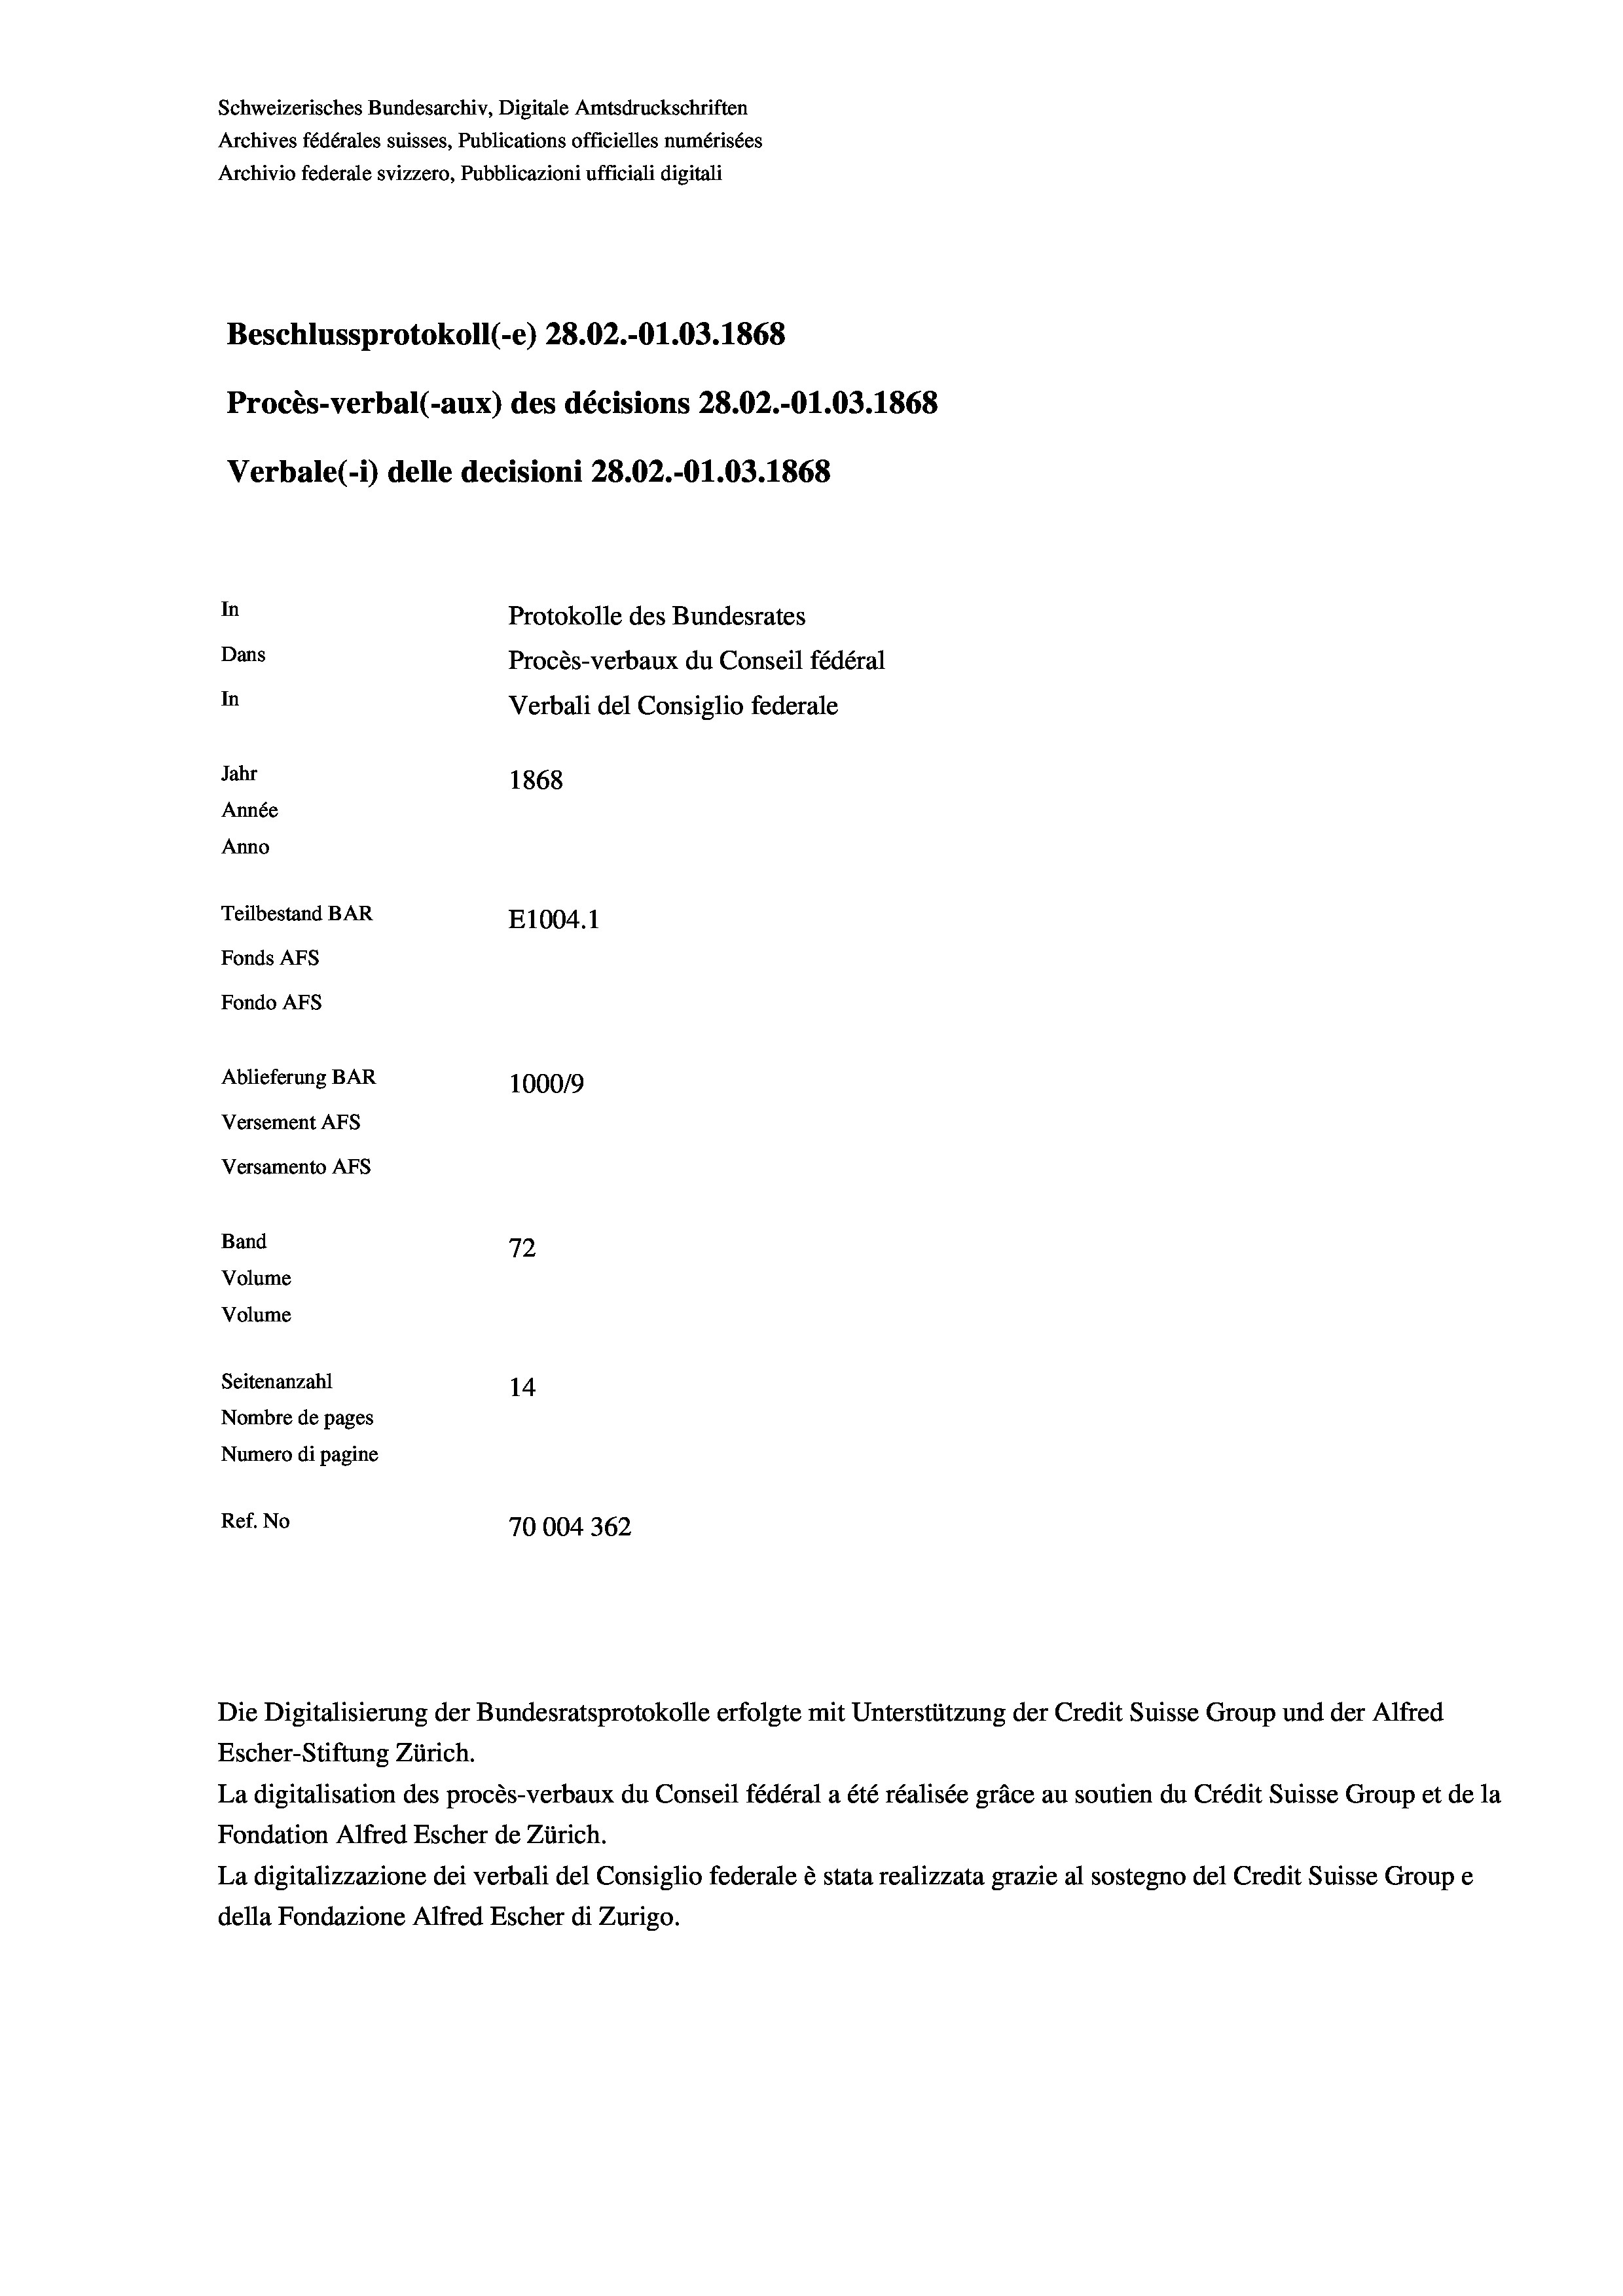
Schweizerisches Bundesarchiv, Digitale Amtsdruckschriften
Archives fédérales suisses, Publications officielles numérisées
Archivio federale svizzero, Pubblicazioni ufficiali digitali
Beschlussprotokoll (-e) 28.02.-O1.03. 1868
Procès-verbal (-aux) des décisions 28.02.-O1.03. 1868
Verbale (- 1) delle decisioni 28.02.-O1.03. 1868
In
Protokolle des Bundesrates
Dans
Procès-verbaux du Conseil fédéral
In
Verbali del Consiglio federale
Jahr
1868
Année
Anno
Teilbestand BAR
E1004. 1
Fonds AFs
Fondo Afs
Ablieferung BAR
100019
Versement AFs
Versamento AFs
e
Band
72
Volume
Volume
Seitenanzahl
14
Nombre de pages
Numero di pagine
Ref. No
70004 362

La digitalisation des procès-verbaux du Conseil fédéral a été réalisée gräce au soutien du Crédit Suisse Group et de la
Fondation Alfred Escher de Zürich.
La digitalizzazione dei verbali del Consiglio federale è stata realizzata grazie al sostegno del Credit Suisse Groupe
della Fondazione Alfred Escher di Zurigo.

Die Digitalisierung der Bundesratsprotokolle erfolgte mit Unterstützung der Credit Suisse Group und der Alfred
Escher-Stiftung Zürich.